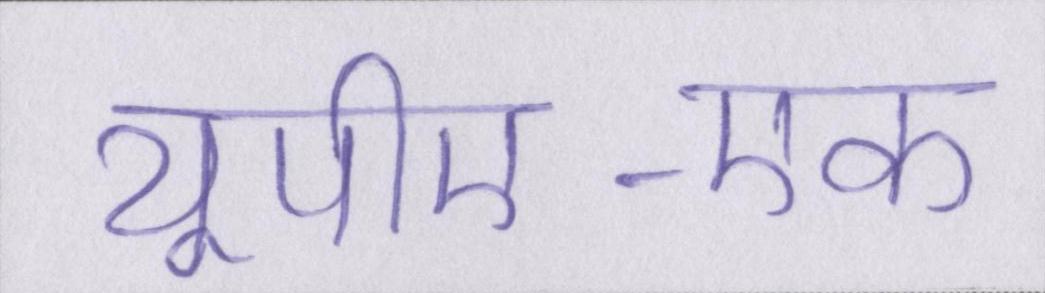
यूपीए-एक